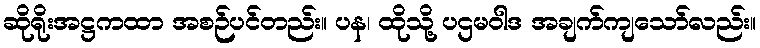
ဆိုရိုးအဋ္ဌကထာ အစဉ်ပင်တည်း။ ပန၊ ထိုသို့ ပဌမဝါဒ အချက်ကျသော်လည်း။